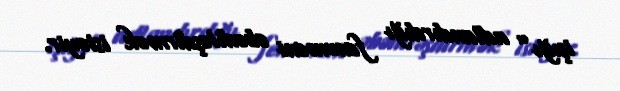
işığı” adlandırdığı fenomeni əbədiləşdirmək istəyir.